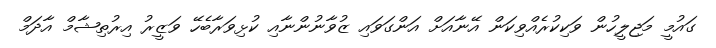
ގައުމީ މަޖިލީހުން ވަކިކުރެއްވިކަން އޭނާއަށް އަންގަވައި ޒުވާނުންނާއި ކުޅިވަރާބެހޭ ވަޒީރު އިރުތިޝާމް އާދަމް